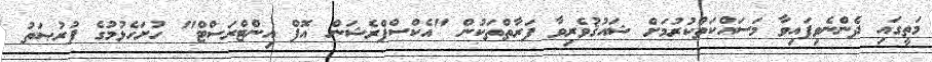
މަތީގައި ދެންނެވިފައިވާ މަސައްކަތްކުރުމަށް ޝައުޤުވެރިވާ ފަރާތްތަކުން "އެކްސްޕްރެޝަން އޮފް އިންޓްރަސްޓް" ހުށަހެޅުމުގެ ފުރުޞަތު